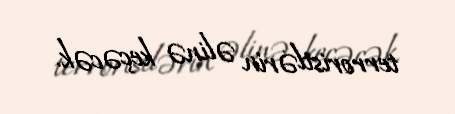
terroristlərin əlinə keçəcək.